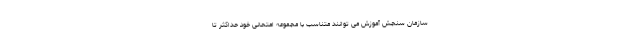
سازمان سنجش آموزش می توانند متناسب با مجموعه امتحانی خود حداکثر تا